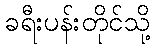
ခရီးပန်းတိုင်သို့